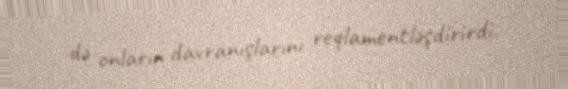
də onların davranışlarını reqlamentləşdirirdi.